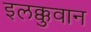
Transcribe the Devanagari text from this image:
इलक्कुवान